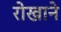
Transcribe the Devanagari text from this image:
रोखाने